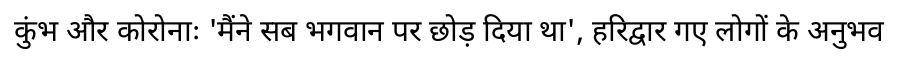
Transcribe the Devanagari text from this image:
कुंभ और कोरोनाः 'मैंने सब भगवान पर छोड़ दिया था', हरिद्वार गए लोगों के अनुभव